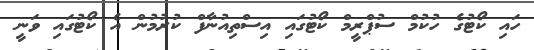
ހައި ކޯޓުގެ ހުކުމް ސުޕްރީމް ކޯޓުގައި އިސްތިއުނާފް ކުރުމުން އެ ކޯޓުގައި ވަނީ